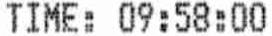
TIME: 09:58:00